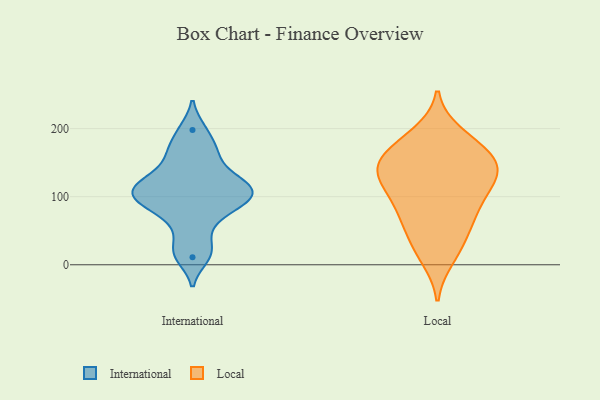
{"axis": {"x": "Net Income (USD K)", "y": "Value"}, "legend": ["International", "Local"], "data": [{"x": "", "y": 100, "type": "International"}, {"x": "", "y": 25, "type": "International"}, {"x": "", "y": 128, "type": "International"}, {"x": "", "y": 11, "type": "International"}, {"x": "", "y": 105, "type": "International"}, {"x": "", "y": 161, "type": "International"}, {"x": "", "y": 101, "type": "International"}, {"x": "", "y": 60, "type": "International"}, {"x": "", "y": 120, "type": "International"}, {"x": "", "y": 93, "type": "International"}, {"x": "", "y": 82, "type": "International"}, {"x": "", "y": 125, "type": "International"}, {"x": "", "y": 169, "type": "International"}, {"x": "", "y": 198, "type": "International"}, {"x": "", "y": 161, "type": "Local"}, {"x": "", "y": 95, "type": "Local"}, {"x": "", "y": 59, "type": "Local"}, {"x": "", "y": 10, "type": "Local"}, {"x": "", "y": 192, "type": "Local"}, {"x": "", "y": 20, "type": "Local"}, {"x": "", "y": 134, "type": "Local"}, {"x": "", "y": 144, "type": "Local"}, {"x": "", "y": 99, "type": "Local"}, {"x": "", "y": 178, "type": "Local"}, {"x": "", "y": 107, "type": "Local"}, {"x": "", "y": 129, "type": "Local"}, {"x": "", "y": 41, "type": "Local"}, {"x": "", "y": 146, "type": "Local"}, {"x": "", "y": 143, "type": "Local"}, {"x": "", "y": 77, "type": "Local"}, {"x": "", "y": 65, "type": "Local"}, {"x": "", "y": 129, "type": "Local"}, {"x": "", "y": 153, "type": "Local"}, {"x": "", "y": 182, "type": "Local"}]}